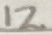
Text: 12